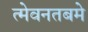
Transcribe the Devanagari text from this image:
त्मेवनतबमे